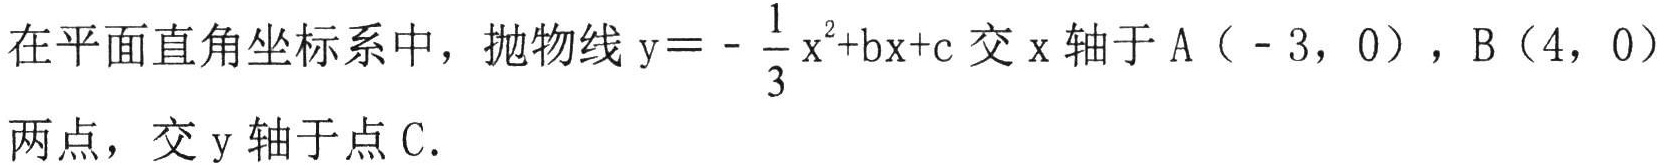
在平面直角坐标系中，抛物线\(y = -\frac{1}{3}x^{2}+bx + c\)交\(x\)轴于\(A(-3,0)\)，\(B(4,0)\)两点，交\(y\)轴于点\(C\).